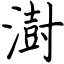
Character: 澍